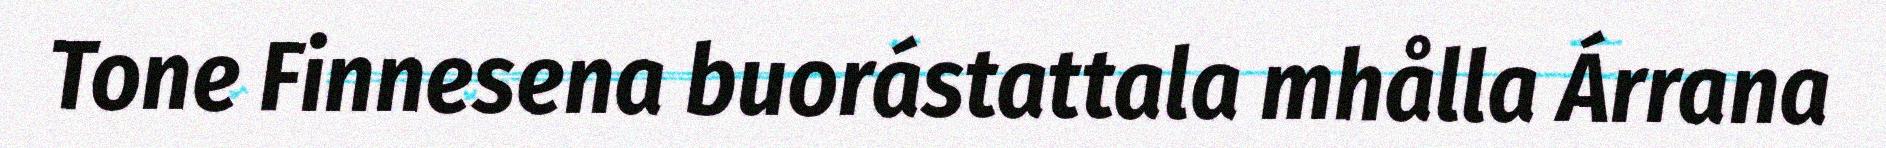
Tone Finnesena buorástattala mhålla Árrana